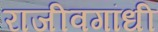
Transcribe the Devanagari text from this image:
राजीवगांधी